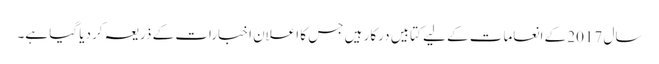
سال 2017 کے انعامات کے لیے کتابیں درکار ہیں جس کا اعلان اخبارات کے ذریعہ کر دیا گیا ہے۔